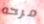
مرحه